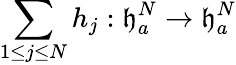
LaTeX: \sum_{1\le j\le N}h_{j}:\mathfrak{h}_{a}^{N}\to\mathfrak{h}_{a}^{N}